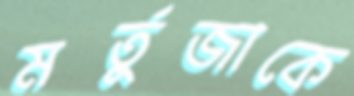
মর্তুজাকে